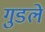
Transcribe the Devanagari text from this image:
गुडले